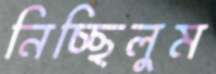
নিচ্ছিলুম